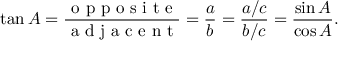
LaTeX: \tan A = { \frac { \textrm { o p p o s i t e } } { \textrm { a d j a c e n t } } } = { \frac { a } { b } } = { \frac { a / c } { b / c } } = { \frac { \sin A } { \cos A } } .